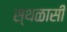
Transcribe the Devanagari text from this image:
स्थळासी